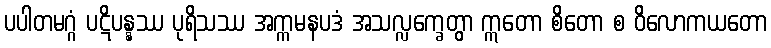
ပပါတမဂ္ဂံ ပဋိပန္နဿ ပုရိသဿ အက္ကမနပဒံ အသလ္လက္ခေတွာ ဣတော စိတော စ ဝိလောကယတော